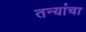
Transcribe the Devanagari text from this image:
तन्यांचा